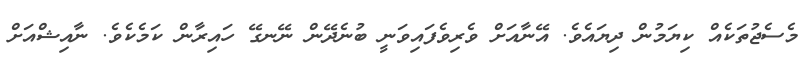
މެސެޖުތަކެއް ކިޔަމުން ދިޔައެވެ. އޭނާއަށް ވެރިވެފައިވަނީ ބުނެދޭން ނޭނގޭ ހައިރާން ކަމެކެވެ. ނާއިޝްއަށް